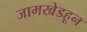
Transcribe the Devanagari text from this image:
जामखेडहून